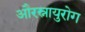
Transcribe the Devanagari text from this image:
औरस्नायुरोग